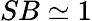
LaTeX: SB\simeq 1